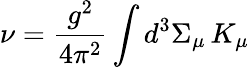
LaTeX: \nu=\frac{g^{2}}{4\pi^{2}}\int d^{3}\Sigma_{\mu}\, K_{\mu}